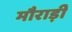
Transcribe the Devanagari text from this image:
मौराड़ी